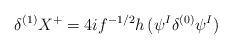
LaTeX: \begin{align*}\delta^{(1)} X^+ = 4 i f^{-1/2} h \, ( \psi^I \delta^{(0)} \psi^I)\end{align*}